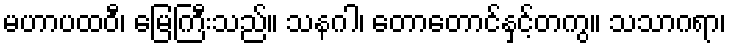
မဟာပထဝီ၊ မြေကြီးသည်။ သနဂါ၊ တောတောင်နှင့်တကွ။ သသာဂရာ၊